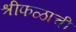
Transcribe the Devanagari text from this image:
श्रीफळाची